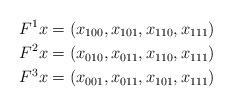
LaTeX: \begin{align*}F^1x &= (x_{100},x_{101},x_{110},x_{111}) \\F^2x &= (x_{010},x_{011},x_{110},x_{111}) \\F^3x &= (x_{001},x_{011},x_{101},x_{111})\end{align*}